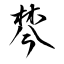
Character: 棽